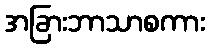
အခြားဘာသာစကား